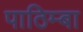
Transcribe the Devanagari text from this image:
पाठिम्बा